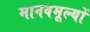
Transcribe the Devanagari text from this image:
मानवमूल्यों